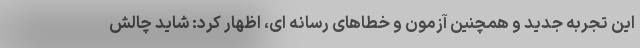
این تجربه جدید و همچنین آزمون و خطاهای رسانه ای، اظهار کرد: شاید چالش